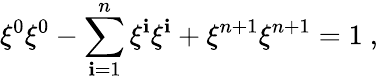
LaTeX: \xi^{0}\xi^{0}-\sum_{\mathbf{i}=1}^{n}\xi^{\mathbf{i}}\xi^{\mathbf{i}}+\xi^{n+1}\xi^{n+1}=1~,